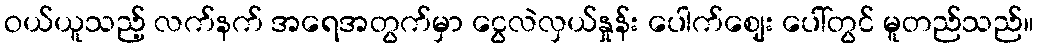
ဝယ်ယူသည့် လက်နက် အရေအတွက်မှာ ငွေလဲလှယ်နှုန်း ပေါက်ဈေး ပေါ်တွင် မူတည်သည်။